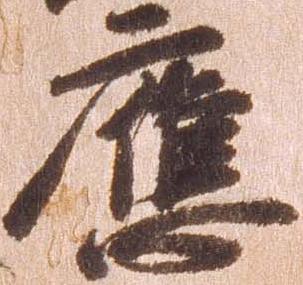
応